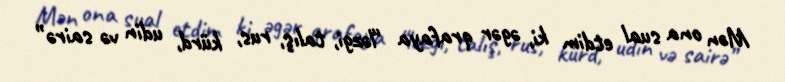
Mən ona sual etdim ki, əgər qrafaya “ləzgi, talış, rus, kürd, udin və sairə”